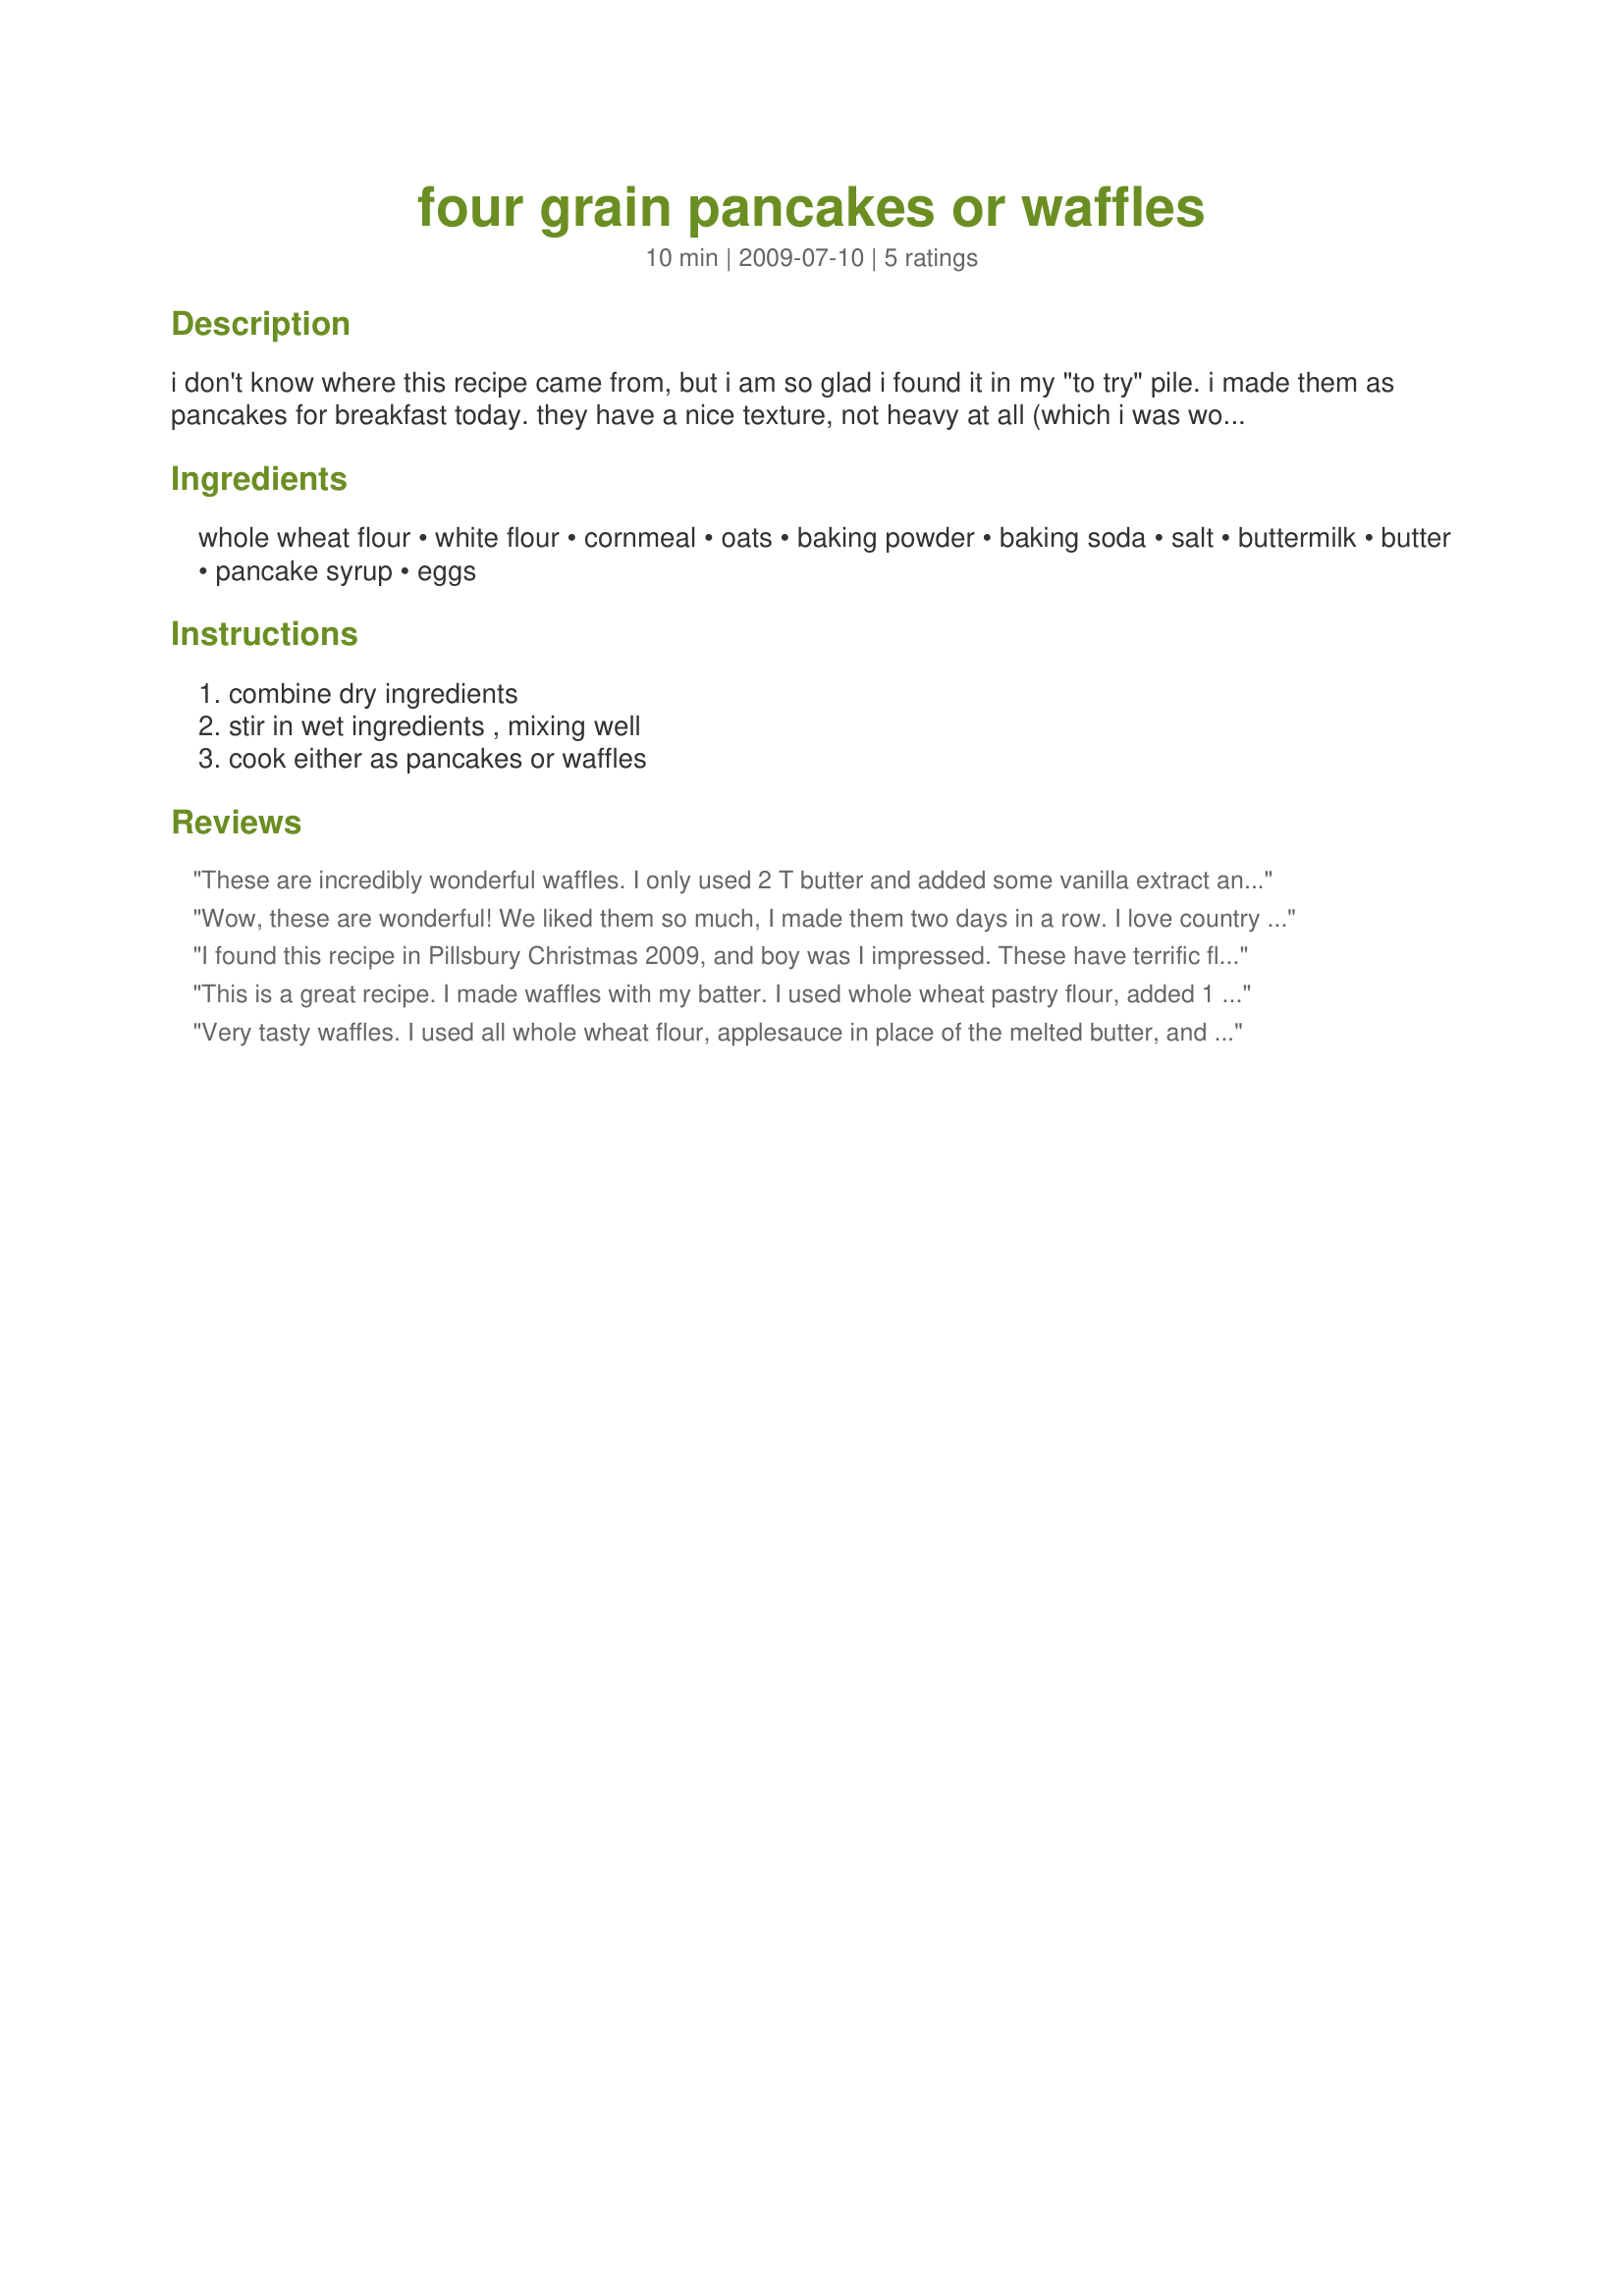
four grain pancakes or waffles
Preparation time: 10 minutes

i don't know where this recipe came from, but i am so glad i found it in my "to try" pile. i made them as pancakes for breakfast today. they have a nice texture, not heavy at all (which i was worried about). they make a nice change from traditional pancakes. i did tinker with the recipe a bit, so i put those changes in as an option.

Ingredients:
whole wheat flour, white flour, cornmeal, oats, baking powder, baking soda, salt, buttermilk, butter, pancake syrup, eggs

Steps:
combine dry ingredients, stir in wet ingredients , mixing well, cook either as pancakes or waffles

Reviews:
These are incredibly wonderful waffles. I only used 2 T butter and added some vanilla extract and pecans but otherwise made as written. They were lovely with butter and syrup and also with fried chicken and honey! So easy and so tasty. Next time I may try whipping the egg whites separately and folding them in to see if that lightens them at all. They are just a touch denser than I prefer, but they are a heartier waffle, so it's to be expected.
Wow, these are wonderful! We liked them so much, I made them two days in a row. I love country pancakes, but they tend to be heavy. These are light and fluffy and flavorful. Thank you so much for what will be my new go-to pancake recipe :)
I found this recipe in Pillsbury Christmas 2009, and boy was I impressed. These have terrific flavor and great texture. Thank you for posting this wonderful recipe!
This is a great recipe. I made waffles with my batter. I used whole wheat pastry flour, added 1 tablespoon of vanilla and 3 tablespoons of flax seed meal. Delicious! Thank you for posting you find Sweet PQ! Made for Everyday Holiday Tag
Very tasty waffles. I used all whole wheat flour, applesauce in place of the melted butter, and regular milk in place of buttermilk, too. After I mixed them up, I realized I had one banana that needed to be used so I mashed it up and threw it in there, too. These waffles were very light and tasty and I liked the health value to them. I will make them again.
